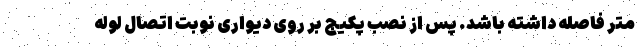
متر فاصله داشته باشد. پس از نصب پکیج بر روی دیواری نوبت اتصال لوله